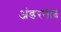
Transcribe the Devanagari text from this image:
अंडरनीद